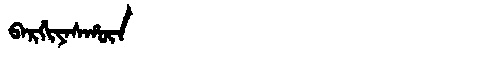
Manchu: ᠪᠠᡵᡤᡳᠶᠠᠰᡥᡡᠨ
Romanization: BARGIYASHŪN